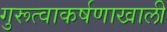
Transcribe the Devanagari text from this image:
गुरूत्वाकर्षणाखाली